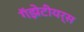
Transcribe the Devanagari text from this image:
गॅझेटीयर्स